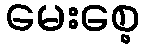
မေးစေ့